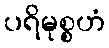
ပရိမုစ္စဟံ